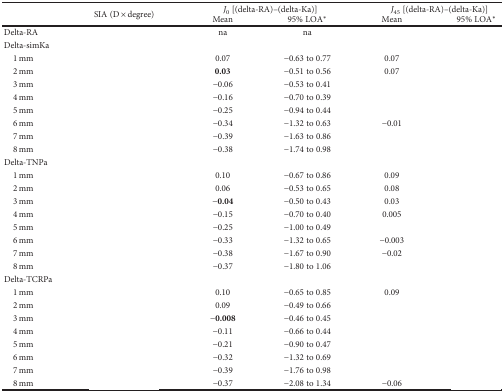
<table><thead><tr><td rowspan="2">[EMPTY_CELL]</td><td rowspan="2"><b>SIA (D × degree)</b></td><td colspan="2"><b><i>J</i><sub>0</sub> [(delta-RA)–(delta-Ka)]</b></td><td colspan="2"><b><i>J</i><sub>45</sub> [(delta-RA)–(delta-Ka)]</b></td></tr><tr><td><b>Mean</b></td><td><b>95% LOA<sup>∗</sup></b></td><td><b>Mean</b></td><td><b>95% LOA<sup>∗</sup></b></td></tr></thead><tbody><tr><td>Delta-RA</td><td>[EMPTY_CELL]</td><td>na</td><td>na</td><td>[EMPTY_CELL]</td><td>[EMPTY_CELL]</td></tr><tr><td colspan="6">Delta-simKa</td></tr><tr><td> 1 mm</td><td>[EMPTY_CELL]</td><td>0.07</td><td>−0.63 to 0.77</td><td>0.07</td><td>[EMPTY_CELL]</td></tr><tr><td> 2 mm</td><td>[EMPTY_CELL]</td><td><b>0.03</b></td><td>−0.51 to 0.56</td><td>0.07</td><td>[EMPTY_CELL]</td></tr><tr><td> 3 mm</td><td>[EMPTY_CELL]</td><td>−0.06</td><td>−0.53 to 0.41</td><td>[EMPTY_CELL]</td><td>[EMPTY_CELL]</td></tr><tr><td> 4 mm</td><td>[EMPTY_CELL]</td><td>−0.16</td><td>−0.70 to 0.39</td><td>[EMPTY_CELL]</td><td>[EMPTY_CELL]</td></tr><tr><td> 5 mm</td><td>[EMPTY_CELL]</td><td>−0.25</td><td>−0.94 to 0.44</td><td>[EMPTY_CELL]</td><td>[EMPTY_CELL]</td></tr><tr><td> 6 mm</td><td>[EMPTY_CELL]</td><td>−0.34</td><td>−1.32 to 0.63</td><td>−0.01</td><td>[EMPTY_CELL]</td></tr><tr><td> 7 mm</td><td>[EMPTY_CELL]</td><td>−0.39</td><td>−1.63 to 0.86</td><td>[EMPTY_CELL]</td><td>[EMPTY_CELL]</td></tr><tr><td> 8 mm</td><td>[EMPTY_CELL]</td><td>−0.38</td><td>−1.74 to 0.98</td><td>[EMPTY_CELL]</td><td>[EMPTY_CELL]</td></tr><tr><td colspan="6">Delta-TNPa</td></tr><tr><td> 1 mm</td><td>[EMPTY_CELL]</td><td>0.10</td><td>−0.67 to 0.86</td><td>0.09</td><td>[EMPTY_CELL]</td></tr><tr><td> 2 mm</td><td>[EMPTY_CELL]</td><td>0.06</td><td>−0.53 to 0.65</td><td>0.08</td><td>[EMPTY_CELL]</td></tr><tr><td> 3 mm</td><td>[EMPTY_CELL]</td><td>−<b>0.04</b></td><td>−0.50 to 0.43</td><td>0.03</td><td>[EMPTY_CELL]</td></tr><tr><td> 4 mm</td><td>[EMPTY_CELL]</td><td>−0.15</td><td>−0.70 to 0.40</td><td>0.005</td><td>[EMPTY_CELL]</td></tr><tr><td> 5 mm</td><td>[EMPTY_CELL]</td><td>−0.25</td><td>−1.00 to 0.49</td><td>[EMPTY_CELL]</td><td>[EMPTY_CELL]</td></tr><tr><td> 6 mm</td><td>[EMPTY_CELL]</td><td>−0.33</td><td>−1.32 to 0.65</td><td>−0.003</td><td>[EMPTY_CELL]</td></tr><tr><td> 7 mm</td><td>[EMPTY_CELL]</td><td>−0.38</td><td>−1.67 to 0.90</td><td>−0.02</td><td>[EMPTY_CELL]</td></tr><tr><td> 8 mm</td><td>[EMPTY_CELL]</td><td>−0.37</td><td>−1.80 to 1.06</td><td>[EMPTY_CELL]</td><td>[EMPTY_CELL]</td></tr><tr><td colspan="6">Delta-TCRPa</td></tr><tr><td> 1 mm</td><td>[EMPTY_CELL]</td><td>0.10</td><td>−0.65 to 0.85</td><td>0.09</td><td>[EMPTY_CELL]</td></tr><tr><td> 2 mm</td><td>[EMPTY_CELL]</td><td>0.09</td><td>−0.49 to 0.66</td><td>[EMPTY_CELL]</td><td>[EMPTY_CELL]</td></tr><tr><td> 3 mm</td><td>[EMPTY_CELL]</td><td>−<b>0.008</b></td><td>−0.46 to 0.45</td><td>[EMPTY_CELL]</td><td>[EMPTY_CELL]</td></tr><tr><td> 4 mm</td><td>[EMPTY_CELL]</td><td>−0.11</td><td>−0.66 to 0.44</td><td>[EMPTY_CELL]</td><td>[EMPTY_CELL]</td></tr><tr><td> 5 mm</td><td>[EMPTY_CELL]</td><td>−0.21</td><td>−0.90 to 0.47</td><td>[EMPTY_CELL]</td><td>[EMPTY_CELL]</td></tr><tr><td> 6 mm</td><td>[EMPTY_CELL]</td><td>−0.32</td><td>−1.32 to 0.69</td><td>[EMPTY_CELL]</td><td>[EMPTY_CELL]</td></tr><tr><td> 7 mm</td><td>[EMPTY_CELL]</td><td>−0.39</td><td>−1.76 to 0.98</td><td>[EMPTY_CELL]</td><td>[EMPTY_CELL]</td></tr><tr><td> 8 mm</td><td>[EMPTY_CELL]</td><td>−0.37</td><td>−2.08 to 1.34</td><td>−0.06</td><td>[EMPTY_CELL]</td></tr></tbody></table>